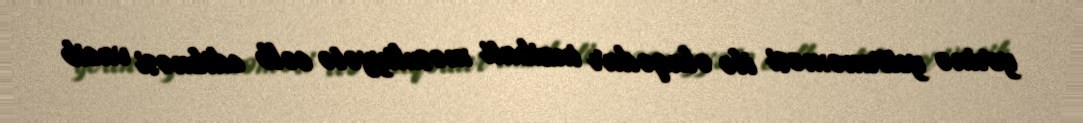
yerinə yetirməməsi ilə əlaqədar inzibati məsuliyyətə cəlb edilməsi vacib